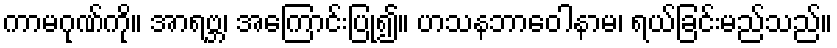
ကာမဂုဏ်ကို။ အာရဗ္ဘ၊ အကြောင်းပြု၍။ ဟသနဘာဝေါနာမ၊ ရယ်ခြင်းမည်သည်။